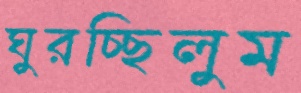
ঘুরচ্ছিলুম